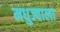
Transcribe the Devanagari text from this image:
मधुज्वाला